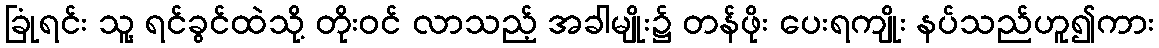
ခြုံရင်း သူ့ ရင်ခွင်ထဲသို့ တိုးဝင် လာသည့် အခါမျိုး၌ တန်ဖိုး ပေးရကျိုး နပ်သည်ဟူ၍ကား